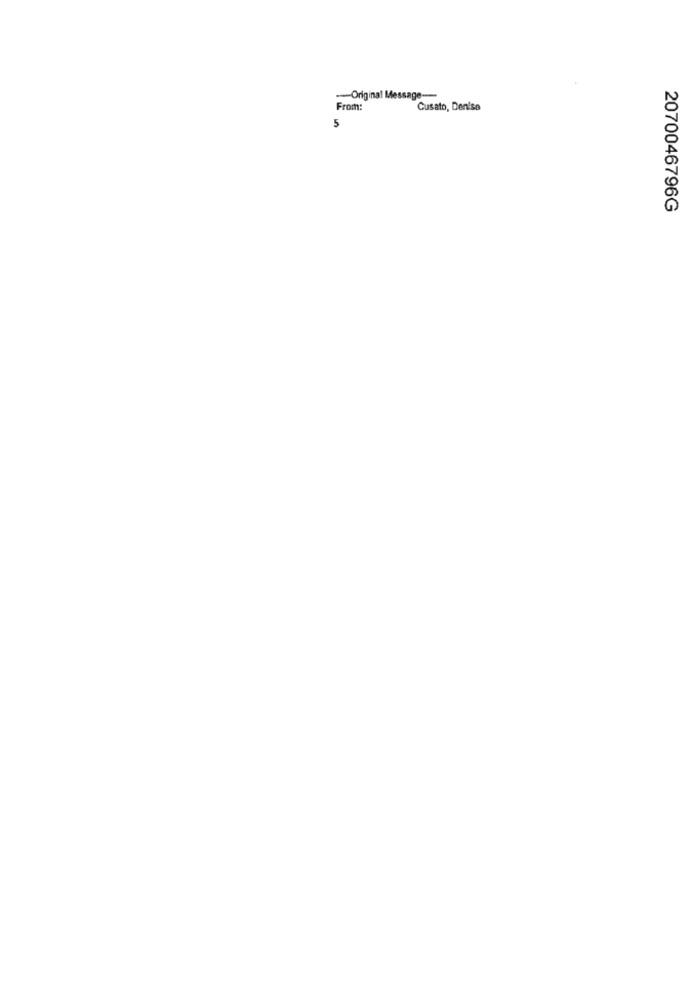
-Original Message-
From:
Cusato, Denise
5
2070046796G